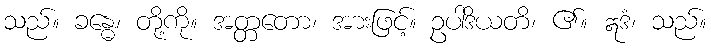
သည်။ ခန္ဓေ၊ တို့ကို။ အတ္တတော၊ အားဖြင့်။ ဥပါဒိယတိ၊ ၏။ ဣဒံ၊ သည်။